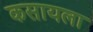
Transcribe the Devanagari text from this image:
कसायला